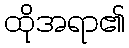
ထိုအရာ၏